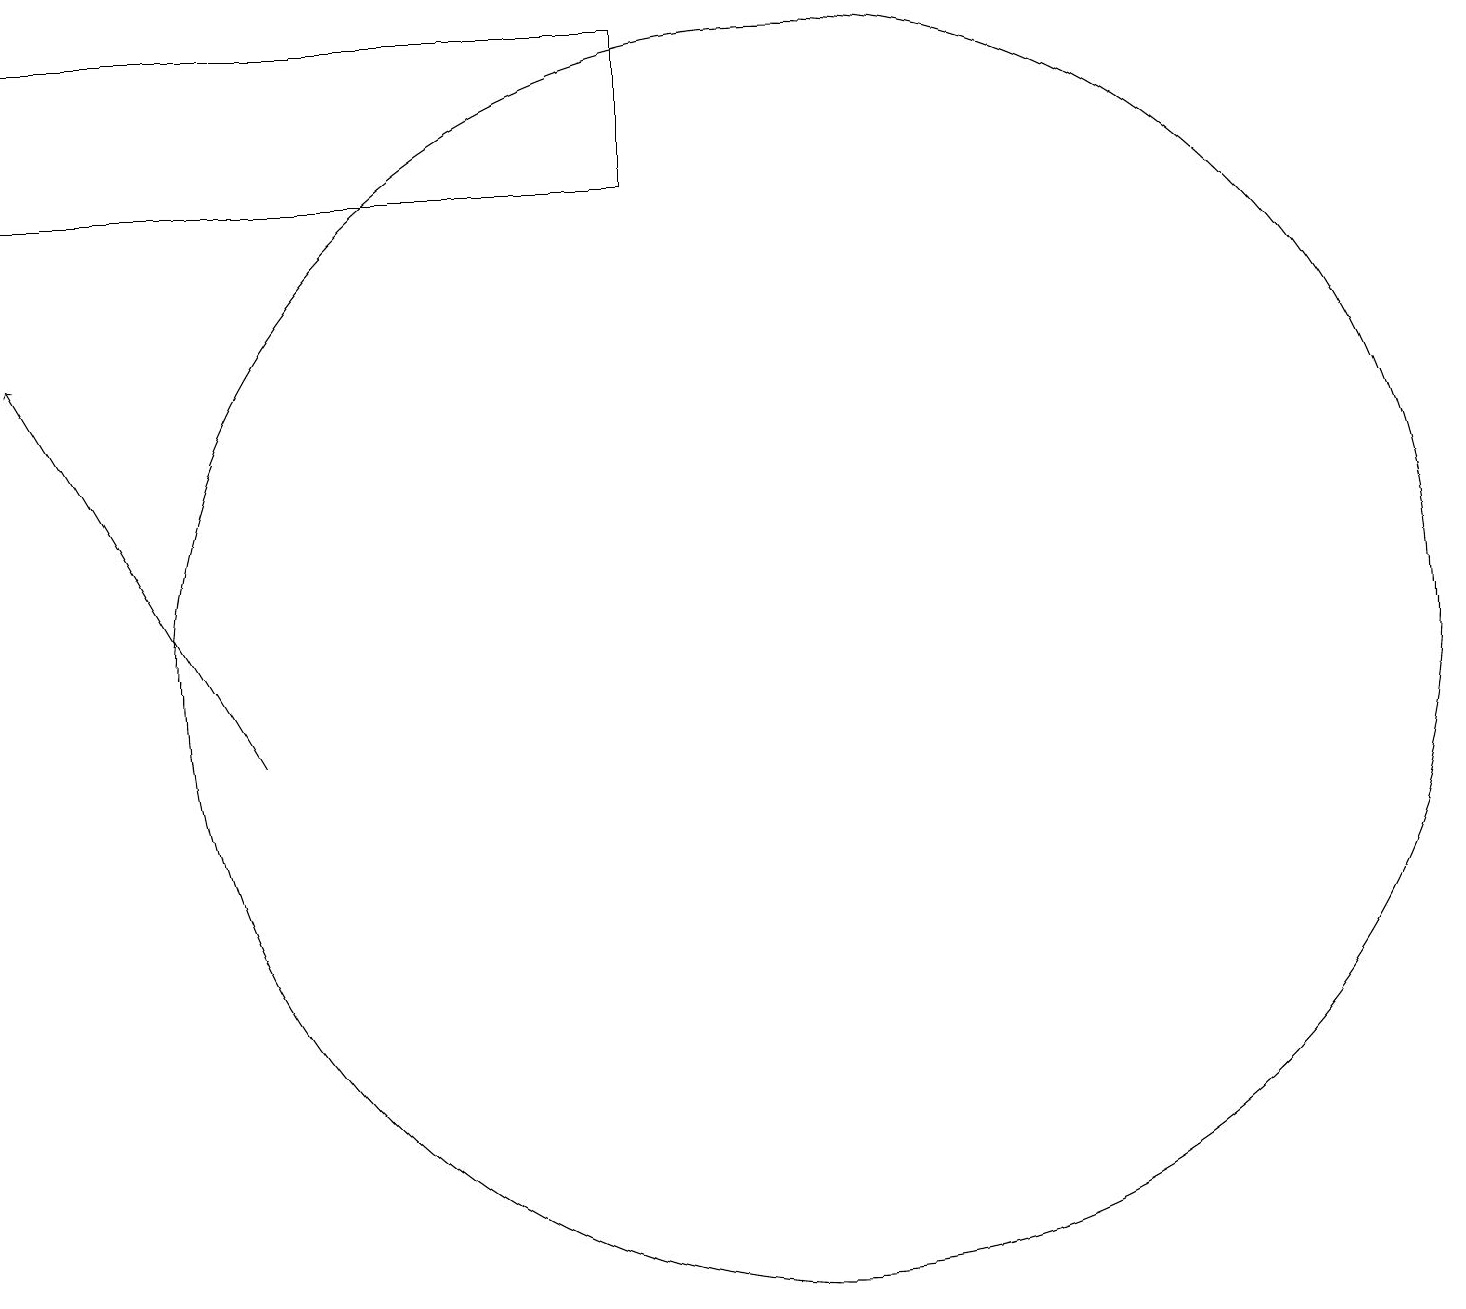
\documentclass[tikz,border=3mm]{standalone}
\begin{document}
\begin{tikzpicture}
\draw (8,17) rectangle (0,19);
\draw (10,11) circle (8);
\draw[->] (3,10) -- (0,15);
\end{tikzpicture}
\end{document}